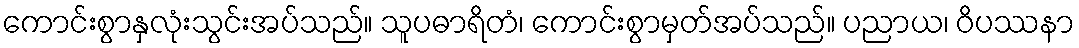
ကောင်းစွာနှလုံးသွင်းအပ်သည်။ သူပဓာရိတံ၊ ကောင်းစွာမှတ်အပ်သည်။ ပညာယ၊ ဝိပဿနာ